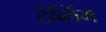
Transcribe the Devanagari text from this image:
टेब्लिंग